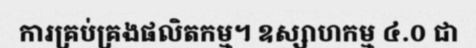
ការគ្រប់គ្រងផលិតកម្ម។ ឧស្សាហកម្ម ៤.០ ជា